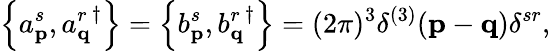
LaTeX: \left\{ a_{\mathbf{p}}^{s},{a_{\mathbf{q}}^{r}}^{\dagger}\right\} =\left\{ b_{\mathbf{p}}^{s},{b_{\mathbf{q}}^{r}}^{\dagger}\right\} =(2\pi)^{3}\delta^{(3)}(\mathbf{p}-\mathbf{q})\delta^{sr},